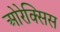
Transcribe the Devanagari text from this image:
ओरेक्सिस